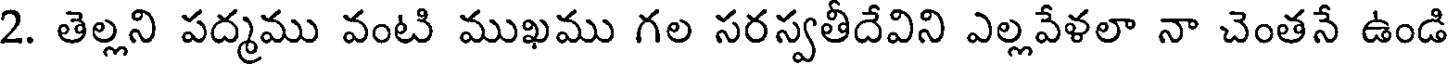
2. తెల్లని పద్మము వంటి ముఖము గల సరస్వతీదేవిని ఎల్లవేళలా నా చెంతనే ఉండి